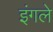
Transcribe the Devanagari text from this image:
इंगले